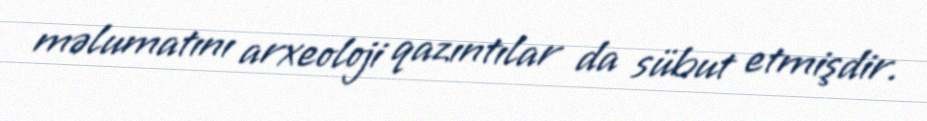
məlumatını arxeoloji qazıntılar da sübut etmişdir.